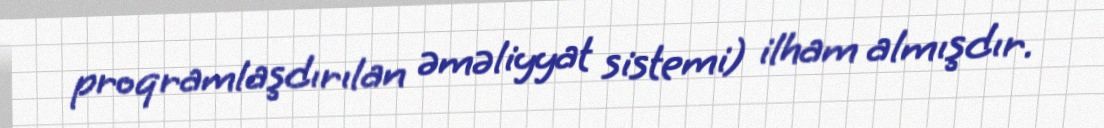
proqramlaşdırılan əməliyyat sistemi) ilham almışdır.